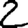
Digit: 2